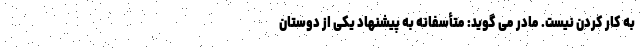
به کار کردن نیست. مادر می گوید: متأسفانه به پیشنهاد یکی از دوستان